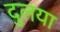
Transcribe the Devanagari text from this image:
दुलया